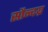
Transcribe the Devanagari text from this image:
सौन्दय्र